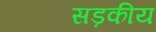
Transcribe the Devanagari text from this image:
सड़कीय